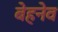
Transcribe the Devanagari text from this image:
बेहनेव